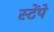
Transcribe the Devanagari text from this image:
स्टेंपे